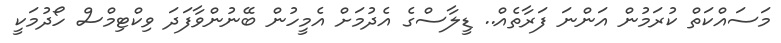
މަސައްކަތް ކުރަމުން އަންނަ ފަރާތެއް.. ޑީލާސްގެ އެދުމަށް އެމީހުން ބޭނުންވާފަދަ ވިކްޓިމްސް ހޯދުމަކީ